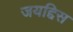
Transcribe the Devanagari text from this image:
जयद्दिस